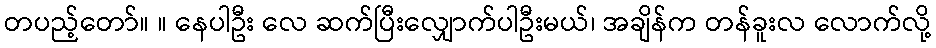
တပည့်တော်။ ။ နေပါဦး လေ ဆက်ပြီးလျှောက်ပါဦးမယ်၊ အချိန်က တန်ခူးလ လောက်လို့